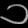
Digit: ၁